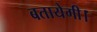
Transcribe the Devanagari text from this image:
बतायेगी।